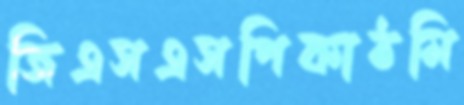
জিএসএসপিকাঠমি